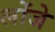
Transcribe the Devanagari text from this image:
लोंजे